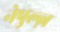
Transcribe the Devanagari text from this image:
नेपुल्ज़